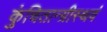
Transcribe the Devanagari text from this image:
कुंचितान्ग्रीस्थवं